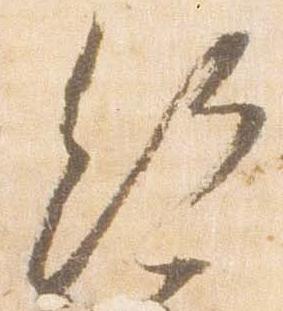
給